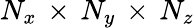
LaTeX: N_{x}\, \times\, N_{y}\, \times\, N_{z}